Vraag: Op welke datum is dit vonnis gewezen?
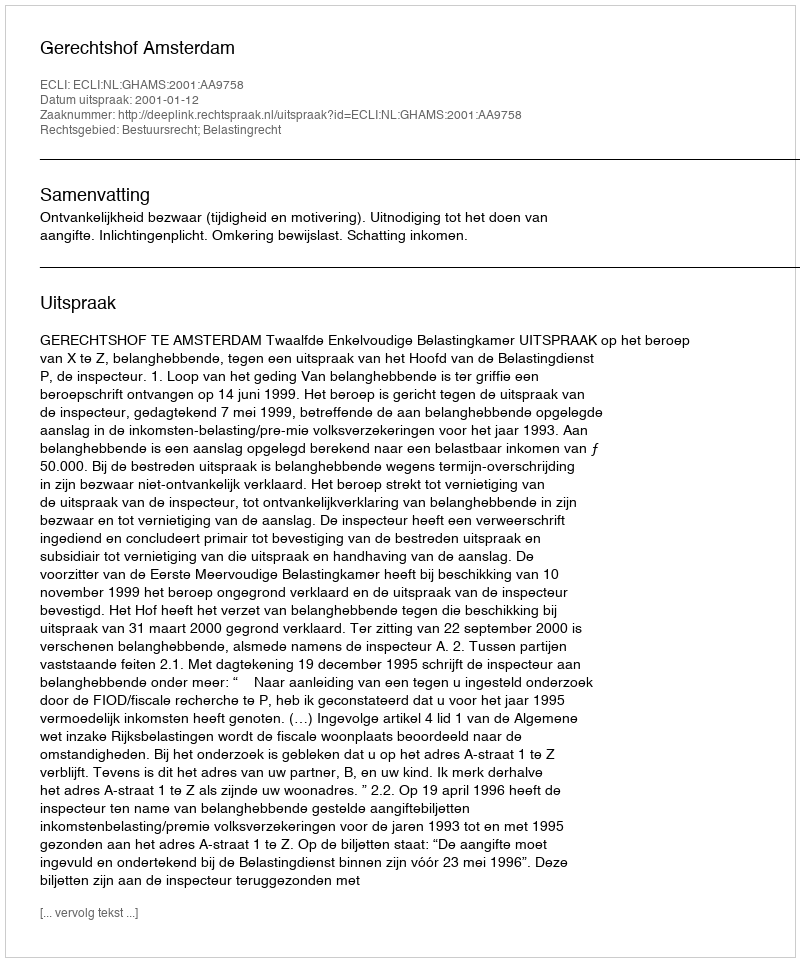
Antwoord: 2001-01-12